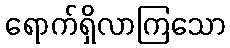
ရောက်ရှိလာကြသော